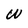
Character: W